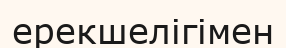
ерекшелігімен